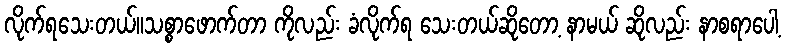
လိုက်ရသေးတယ်။သစ္စာဖောက်တာ ကိုလည်း ခံလိုက်ရ သေးတယ်ဆိုတော့ နာမယ် ဆိုလည်း နာစရာပေါ့